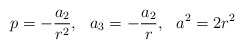
\begin{align*}p=-\frac{a_{2}}{r^2},~~a_{3}=-\frac{a_{2}}{r},~~a^2=2 r^2\end{align*}